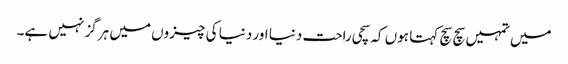
میں تمہیں سچ سچ کہتا ہوں کہ سچی راحت دنیا اور دنیا کی چیزوں میں ہرگز نہیں ہے۔